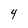
Character: 4